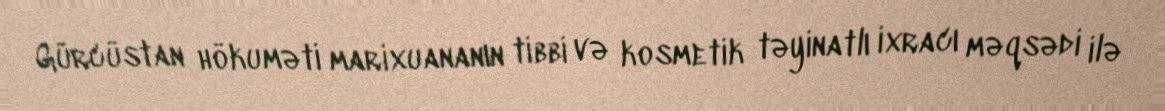
Gürcüstan hökuməti marixuananın tibbi və kosmetik təyinatlı ixracı məqsədi ilə